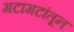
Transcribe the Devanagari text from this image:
गटागटांतून